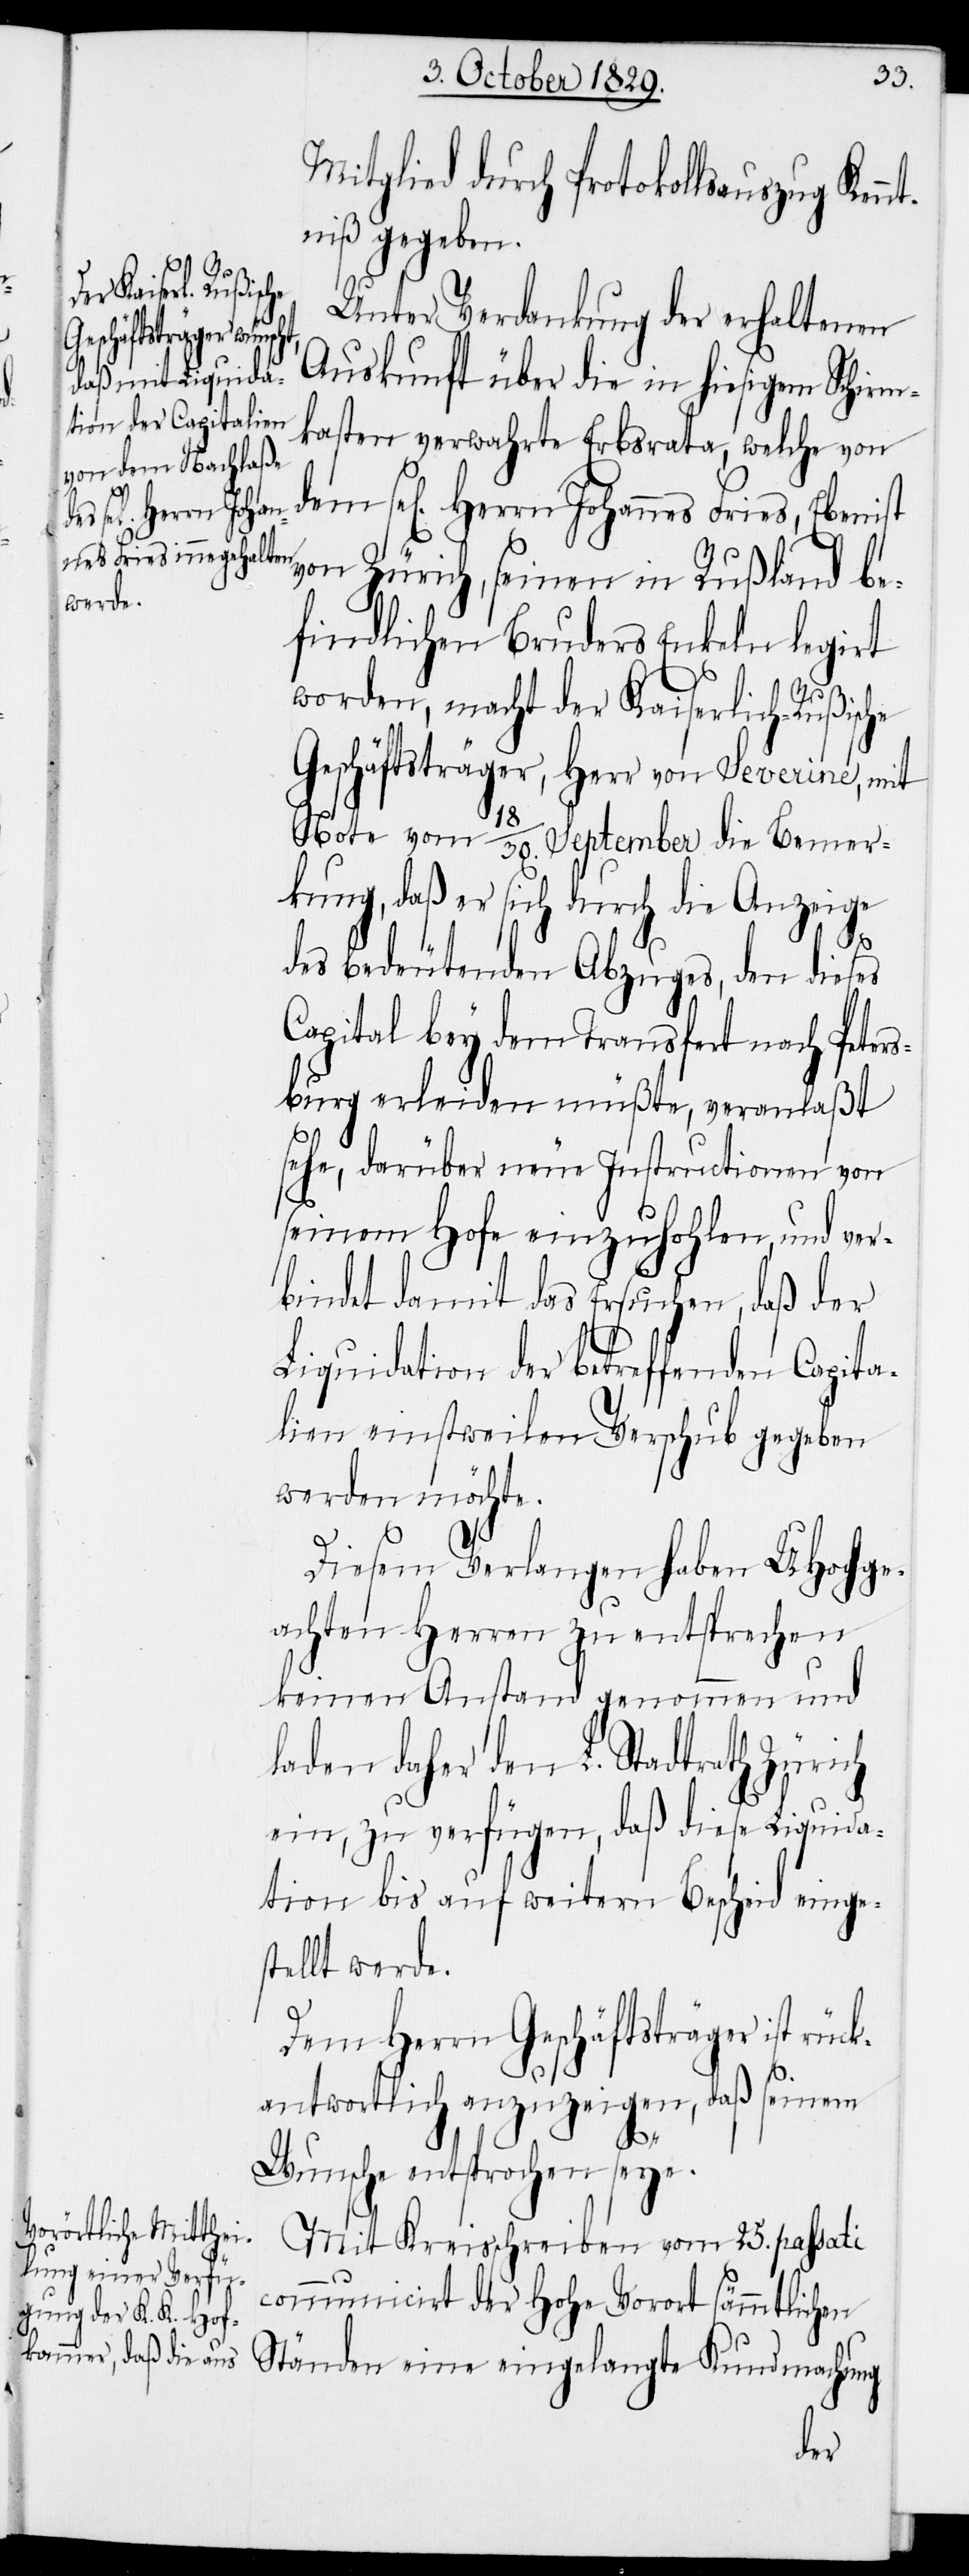
Fries, Ebenist

Mitglied durch Protokollsauszug Kenn¬
tniß gegeben.
Unter Verdankung der erhaltenen
Auskunft über die in hiesigem Schirm¬
kasten verwahrte Erbsrata, welche von
von Zürich, seinen in Rußland be¬
findlichen Bruders Enkeln legirt
worden, macht der Kaiserlich-Rußische
Geschäftsträger, Herr von Severine, mit
kung, daß er sich durch die Anzeige
mer¬
des bedeutenden Abzuges, den dieses
Capital bey dem Transfert nach Peters¬
burg erleiden müßte, veranlaßt
sehe, darüber neue Instructionen von
seinem Hofe einzuholen, und ver¬
bindet damit das Ersuchen, daß der
Liquidation der betreffenden Capita¬
lien einstweilen Verschub gegeben
werden möchte.
die
Diesem Verlangen haben UHochge¬
achten Herren zu entsprechen
keinen Anstand genommen und
laden daher den L. Stadtrath Zürich
ein, zu verfügen, daß diese Liquida¬
tion bis auf weitern Bescheid einge¬
stellt werde.
Dem Herrn Geschäftsträger ist rück¬
antwortlich anzuzeigen, daß seinem
Wunsche entsprochen seye.
Mit Kreisschreiben vom 25. passati
communicirt der Hohe Vorort sämmtlichen
Ständen eine eingelangte Kundmachung
dem